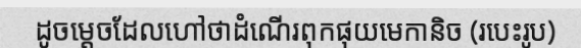
ដូចម្តេចដែលហៅថាដំណើរពុកផុយមេកានិច (របេះរូប)